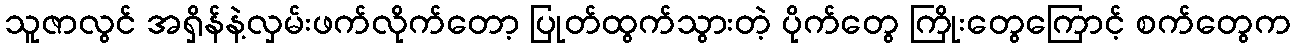
သူဇာလွင် အရှိန်နဲ့လှမ်းဖက်လိုက်တော့ ပြုတ်ထွက်သွားတဲ့ ပိုက်တွေ ကြိုးတွေကြောင့် စက်တွေက